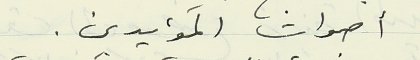
أصوات المؤيدين.